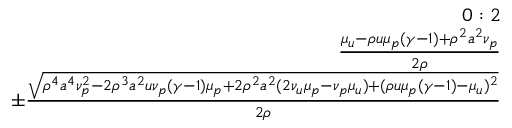
\begin{array} { r } { 0 : 2 } \\ { \frac { \mu _ { u } - \rho u \mu _ { p } ( \gamma - 1 ) + \rho ^ { 2 } a ^ { 2 } \nu _ { p } } { 2 \rho } } \\ { \pm \frac { \sqrt { \rho ^ { 4 } a ^ { 4 } \nu _ { p } ^ { 2 } - 2 \rho ^ { 3 } a ^ { 2 } u \nu _ { p } ( \gamma - 1 ) \mu _ { p } + 2 \rho ^ { 2 } a ^ { 2 } ( 2 \nu _ { u } \mu _ { p } - \nu _ { p } \mu _ { u } ) + ( \rho u \mu _ { p } ( \gamma - 1 ) - \mu _ { u } ) ^ { 2 } } } { 2 \rho } } \end{array}